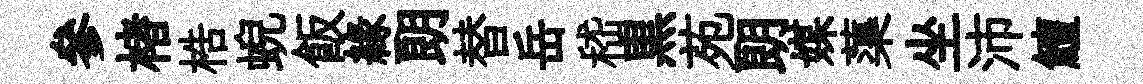
參楮梏蜺飯緣朗替岳嵇黒苑朗媒蕖坐沛鱣